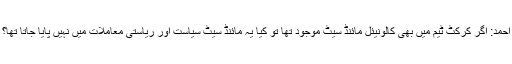
احمد: اگر کرکٹ ٹیم میں بھی کالونیئل مائنڈ سیٹ موجود تھا تو کیا یہ مائنڈ سیٹ سیاست اور ریاستی معاملات میں نہیں پایا جاتا تھا؟